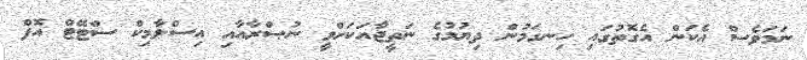
ނަމަވެސް އެކަން އެގޮތުގައި ހިނގަމުން ދިޔުމުގެ ނަތީޖާއަކަށްވީ ނުޞްރާއާއި އިސްލާމިކް ސްޓޭޓް އޮފް